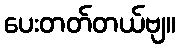
ပေးတတ်တယ်ဗျ။